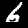
Digit: 6